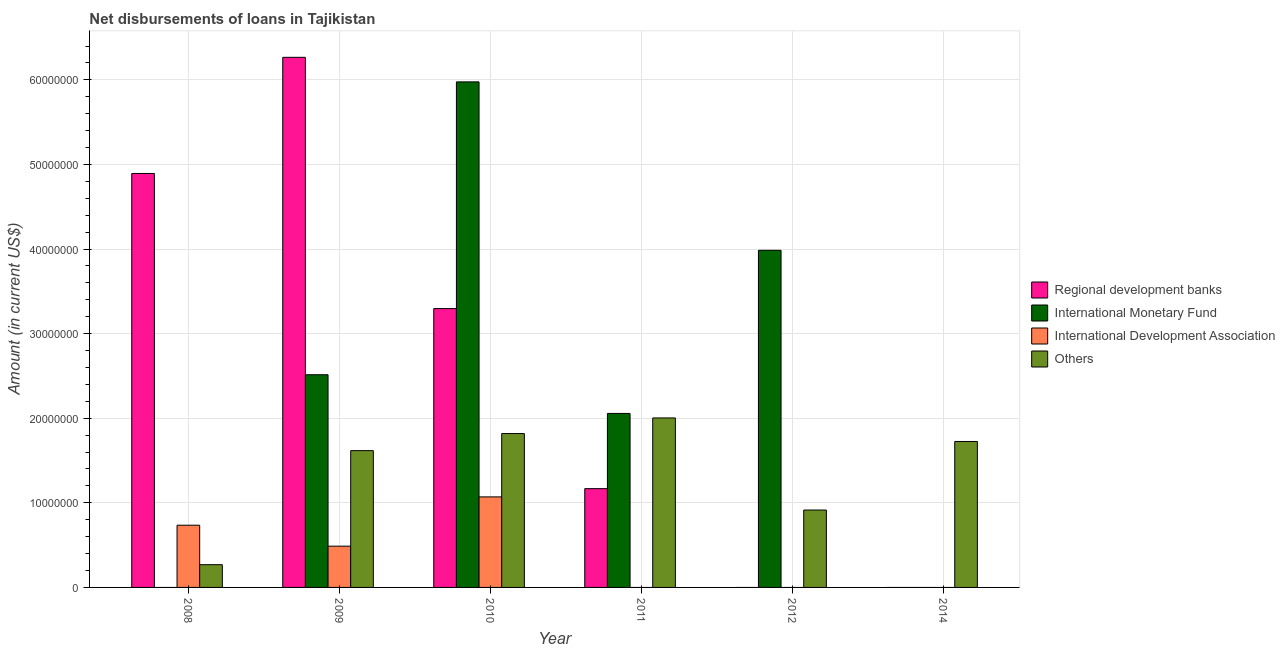
| Year | Regional development banks | International Monetary Fund | International Development Association | Others |
 | --- | --- | --- | --- | --- |
 | 2008 | 4.89e+07 | -3.1e+07 | 7.35e+06 | 2.69e+06 |
 | 2009 | 6.27e+07 | 2.51e+07 | 4.88e+06 | 1.62e+07 |
 | 2010 | 3.3e+07 | 5.98e+07 | 1.07e+07 | 1.82e+07 |
 | 2011 | 1.17e+07 | 2.06e+07 | -1.74e+06 | 2e+07 |
 | 2012 | -3.65e+06 | 3.99e+07 | -2.9e+06 | 9.15e+06 |
 | 2014 | -1.08e+07 | -3.96e+06 | -7.11e+06 | 1.73e+07 |